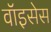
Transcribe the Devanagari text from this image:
वॉइसेस